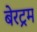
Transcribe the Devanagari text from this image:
बेरट्रम